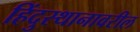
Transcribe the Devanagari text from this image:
हिंदुस्थानावरील